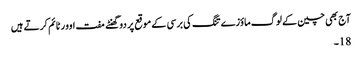
آج بھی چین کے لوگ ماؤزے تنگ کی برسی کے موقع پر دو گھنٹے مفت اوور ٹائم کرتے ہیں
18۔